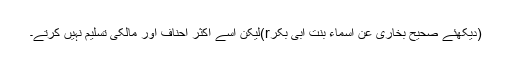
(دیکھئے صحیح بخاری عن اسماء بنت ابی بکرr)لیکن اسے اکثر احناف اور مالکی تسلیم نہیں کرتے۔